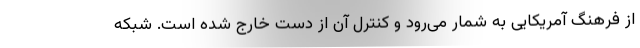
از فرهنگ آمریکایی به شمار می‌رود و کنترل آن از دست خارج شده است. شبکه